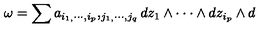
\omega = \sum _ { { } } a _ { i _ { 1 , } \cdot \cdot \cdot , i _ { p } } , _ { j _ { 1 , } \cdot \cdot \cdot , j _ { q } } d z _ { 1 } \wedge \cdot \cdot \cdot \wedge d z _ { i _ { p } } \wedge d